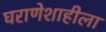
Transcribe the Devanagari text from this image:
घराणेशाहीला